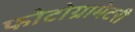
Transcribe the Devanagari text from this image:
फोटोग्रामेटरी